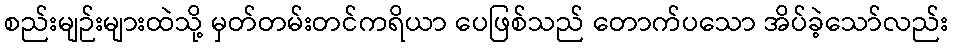
စည်းမျဉ်းများထဲသို့ မှတ်တမ်းတင်ကရိယာ ပေဖြစ်သည် တောက်ပသော အိပ်ခဲ့သော်လည်း